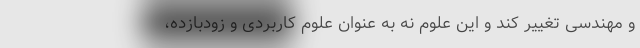
و مهندسی تغییر کند و این علوم نه به عنوان علوم کاربردی و زودبازده،